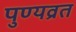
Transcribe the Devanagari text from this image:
पुण्यव्रत